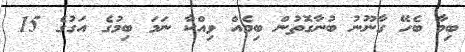
ބިމާ ބެހޭ ގާނޫނު ބުނާގޮތުން ބިމެއް ވިއްކާ ނަމަ ބިމުގެ އަގުގެ 15